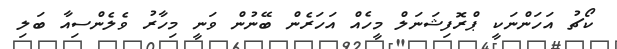
ކޯޗު އަހަންނަކީ ޕްރޮފިޝަނަލް މީހެއް އަހަރެން ބޭނުން ވަނީ މިހާރު ވެލެންސިއާ ބަލި